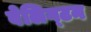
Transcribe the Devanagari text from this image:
वेलिग्टन